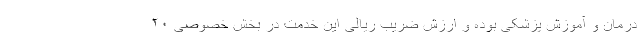
درمان و آموزش پزشکی بوده و ارزش ضریب ریالی این خدمت در بخش خصوصی ۲۰